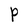
Character: P